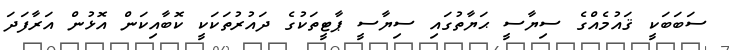
ސަބަބަކީ ޤައުމެއްގެ ސިޔާސީ ޙަޔާތުގައި ސިޔާސީ ޕާޓީތަކުގެ ދައުރުތަކަކީ ކޮބާއިކަން އޮޅުން އަރާފަދަ